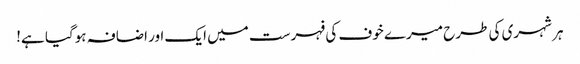
ہر شہری کی طرح میرے خوف کی فہرست میں ایک اور اضافہ ہوگیا ہے!